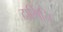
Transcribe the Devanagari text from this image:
दामिनि